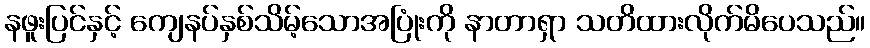
နဖူးပြင်နှင့် ကျေနပ်နှစ်သိမ့်သောအပြုံးကို နာတာရှာ သတိထားလိုက်မိပေသည်။